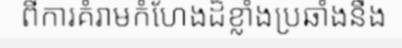
ពីការគំរាមកំហែងដ៏ខ្លាំងប្រឆាំងនឹង